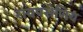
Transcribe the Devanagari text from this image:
रायपसेणिय